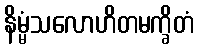
နိမ္မံသလောဟိတမက္ခိတံ